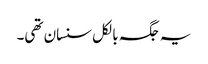
یہ جگہ بالکل سنسان تھی۔